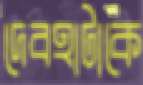
দেবহাটাকে